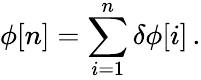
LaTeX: \phi[n]=\sum_{i=1}^{n}\delta\phi[i]\, .